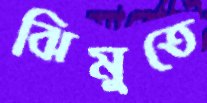
ঝিমুতে